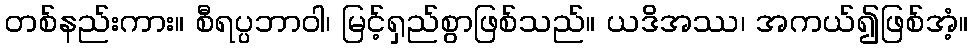
တစ်နည်းကား။ စီရပ္ပဘာဝါ၊ မြင့်ရှည်စွာဖြစ်သည်။ ယဒိအဿ၊ အကယ်၍ဖြစ်အံ့။